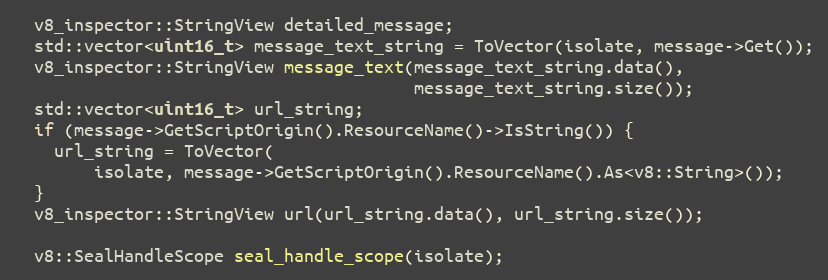
Language: C++
  v8_inspector::StringView detailed_message;
  std::vector<uint16_t> message_text_string = ToVector(isolate, message->Get());
  v8_inspector::StringView message_text(message_text_string.data(),
                                        message_text_string.size());
  std::vector<uint16_t> url_string;
  if (message->GetScriptOrigin().ResourceName()->IsString()) {
    url_string = ToVector(
        isolate, message->GetScriptOrigin().ResourceName().As<v8::String>());
  }
  v8_inspector::StringView url(url_string.data(), url_string.size());

  v8::SealHandleScope seal_handle_scope(isolate);